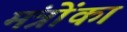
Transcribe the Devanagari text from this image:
मंत्रोंका